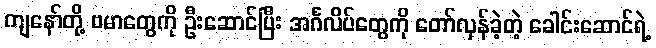
ကျနော်တို့ ဗမာတွေကို ဦးဆောင်ပြီး အင်္ဂလိပ်တွေကို တော်လှန်ခဲ့တဲ့ ခေါင်းဆောင်ရဲ့